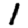
Digit: 1